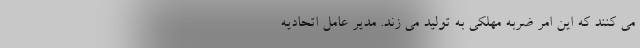
می کنند که این امر ضربه مهلکی به تولید می زند. مدیر عامل اتحادیه